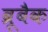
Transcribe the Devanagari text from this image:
ब्रूबैक